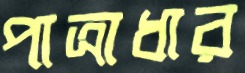
পাত্রাধার